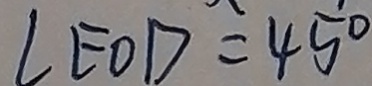
\angle E O D = 4 5 ^ { \circ }